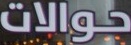
حوالات